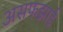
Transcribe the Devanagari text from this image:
असफझाई